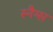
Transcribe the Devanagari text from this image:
स्नैग्स